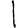
Digit: 1